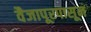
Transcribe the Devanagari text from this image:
वैजापूरपासून